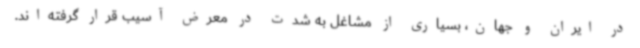
در ایران و جهان، بسیاری از مشاغل به‌ شدت در معرض آسیب قرار گرفته‌اند.